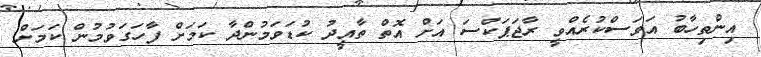
އިންތިހާބު އަވަސްކުރެއްވީ ރާޖަޕަކްސަ އަށް އޮތް ތާއީދު ކުޑަވަމުންދާ ކަމަށް ފާހަގަވުމުން ކަމަށް